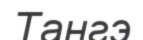
Тангэ